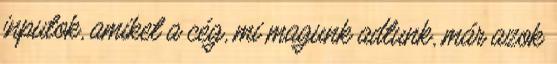
inputok, amiket a cég, mi magunk adtunk, már azok